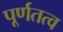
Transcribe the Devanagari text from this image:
पूर्णतत्व